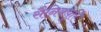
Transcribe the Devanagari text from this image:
सैनिक्पुरि